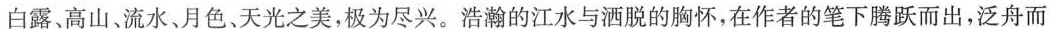
白露、高山、流水、月色、天光之美，极为尽兴。浩瀚的江水与洒脱的胸怀，在作者的笔下腾跃而出，泛舟而